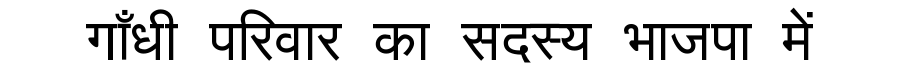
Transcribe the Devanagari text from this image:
गाँधी परिवार का सदस्य भाजपा में